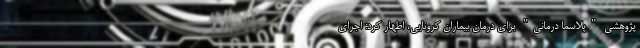
پژوهشی "پلاسما درمانی" برای درمان بیماران کرونایی، اظهار کرد: اجرای